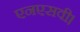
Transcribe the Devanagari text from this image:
एनएसवी।